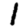
Digit: 1